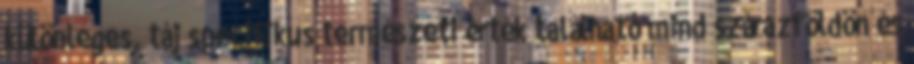
különleges, táj specifikus természeti érték található mind szárazföldön és